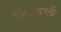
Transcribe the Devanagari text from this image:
ज़िं्वग्ली